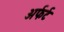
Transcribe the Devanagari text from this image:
अर्फर्ट